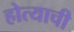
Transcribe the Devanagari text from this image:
होत्याची